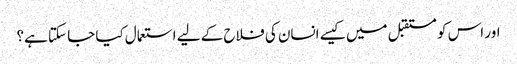
اور اس کو مستقبل میں کیسے انسان کی فلاح کے لیے استعمال کیا جا سکتا ہے؟